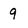
Character: 9